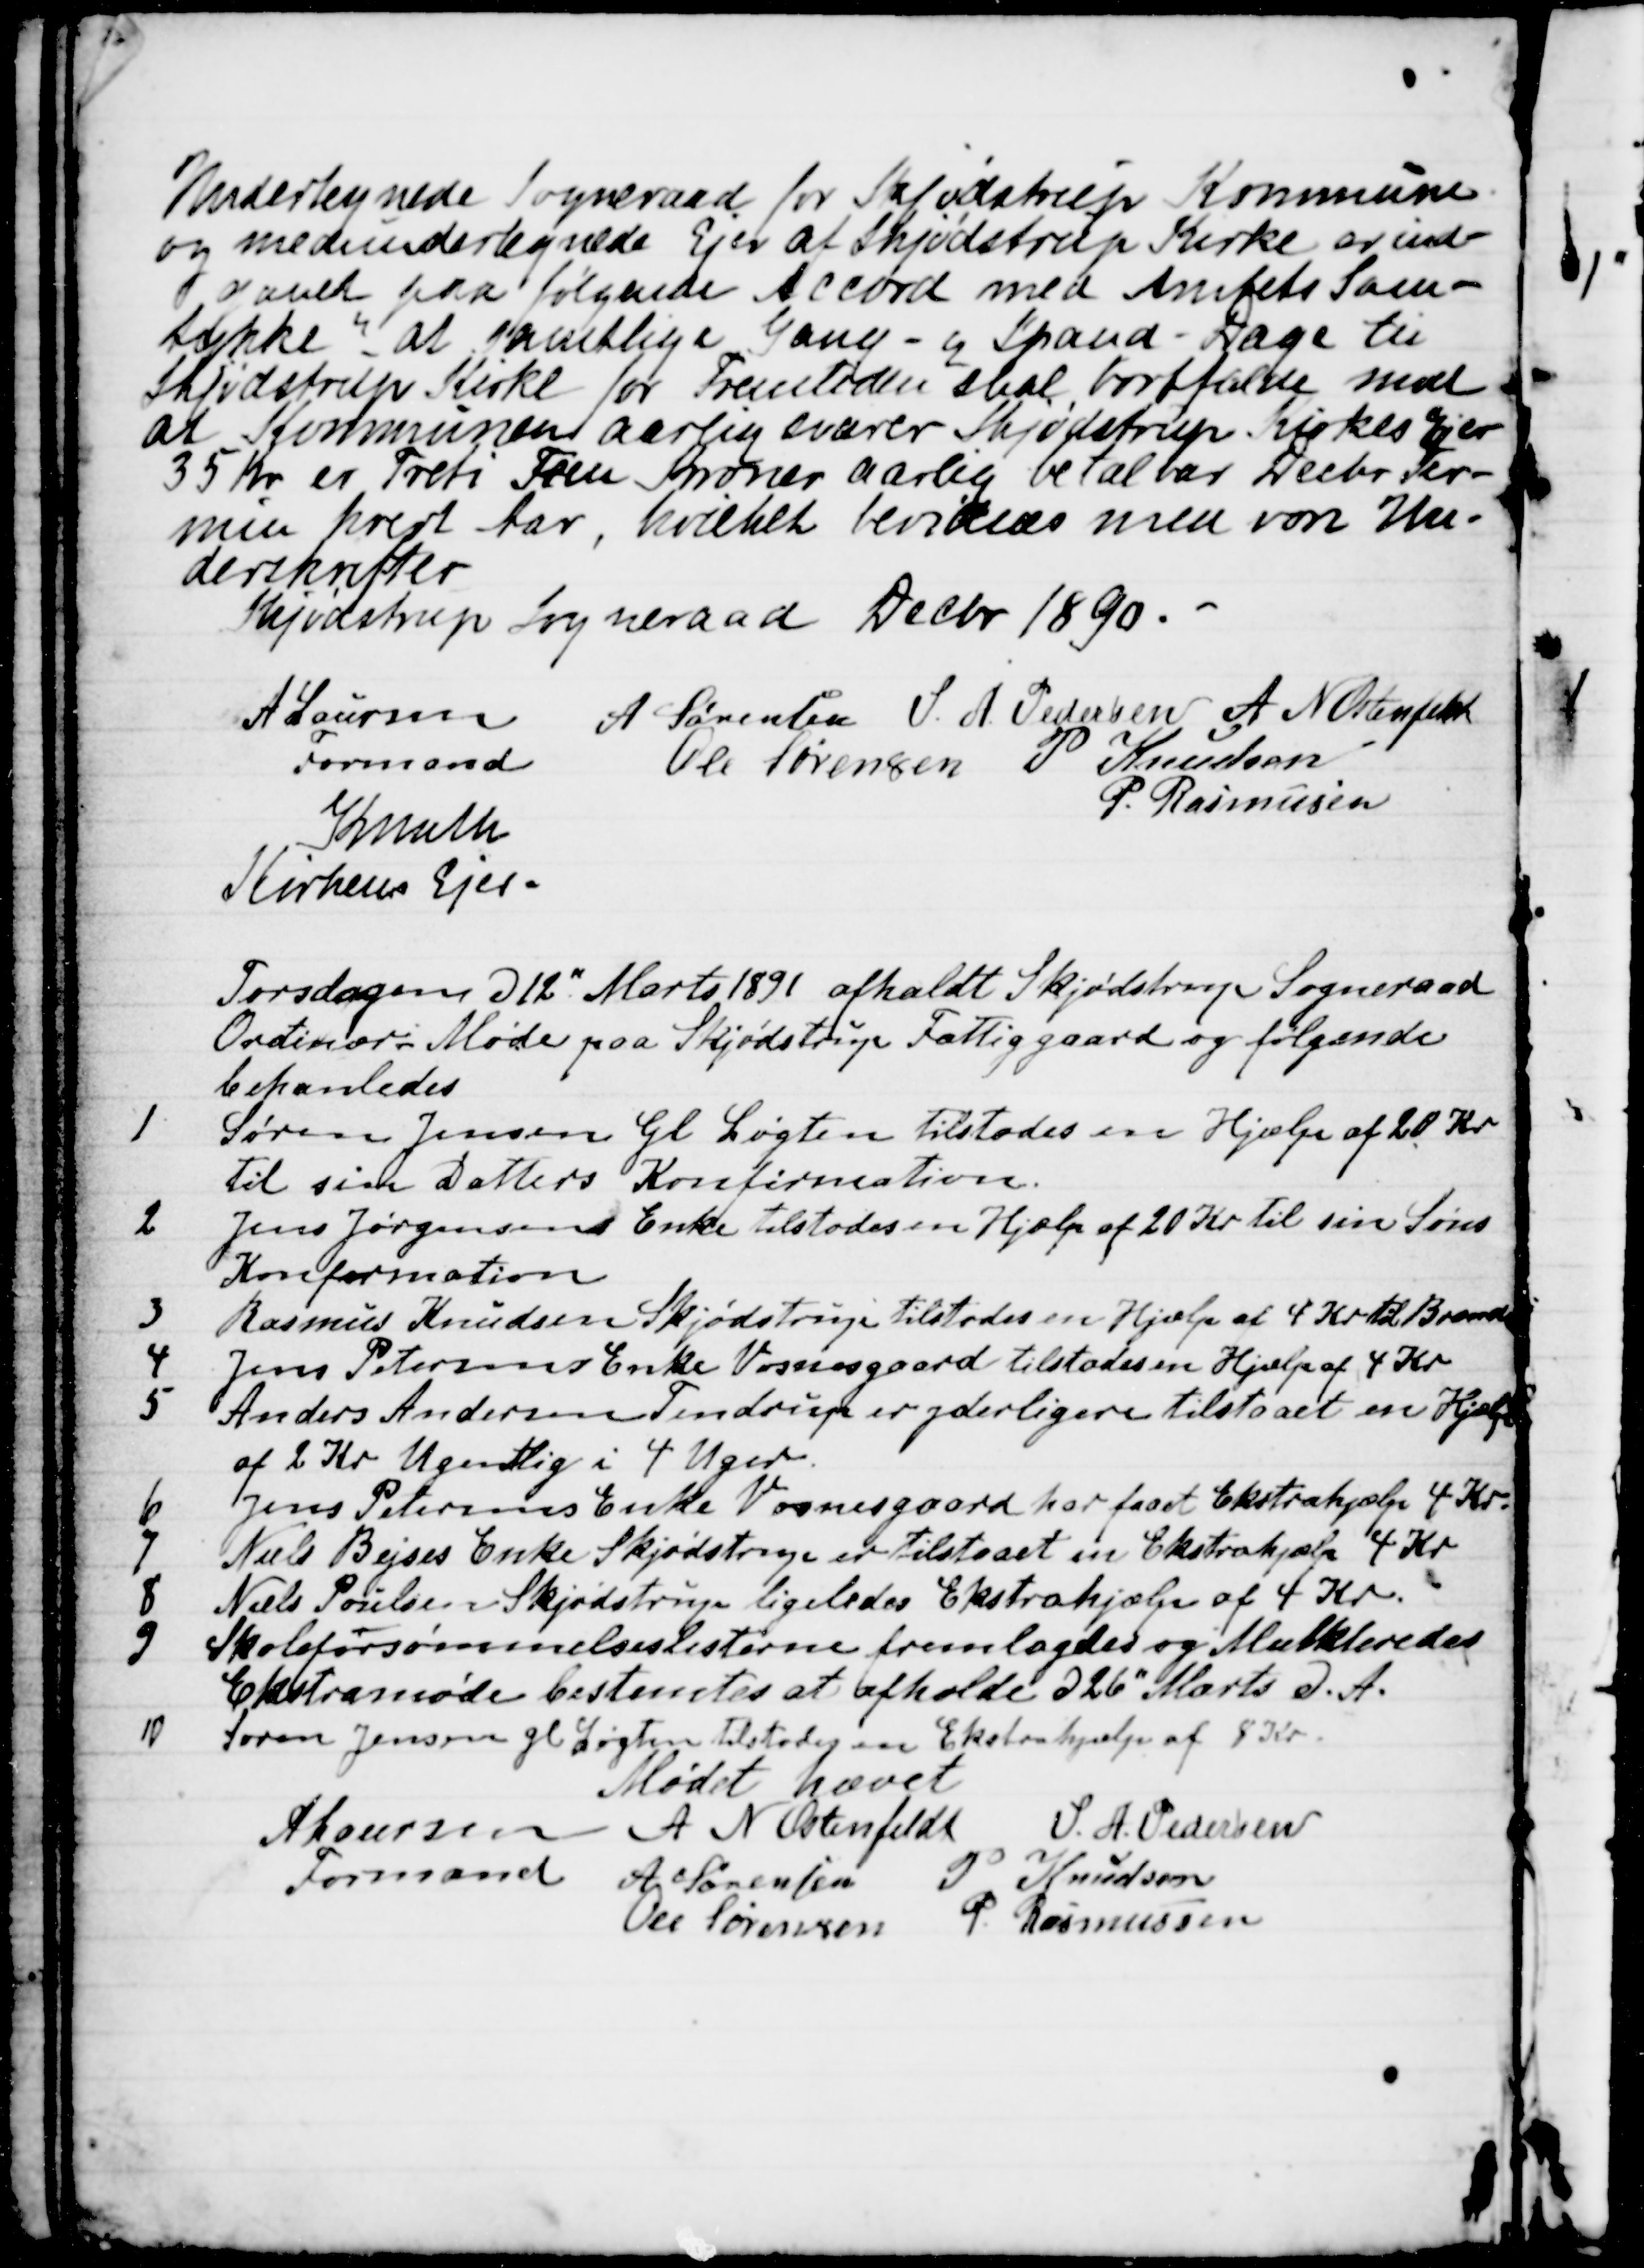
Transskription:
Undertegnede Sogneraad for Skjødstrup Kommune
og medundertegnede Ejer at Skjødstrup Kirke er ind-
gaaet paa følgende Accord med Amtets Sam-
tykke "at samtlige Gang- og Span-Dage til
Skjødstrup Kirke for Fremtiden skal bortfalde mod
at Kommunen aarlig svarer Skjødstrup Kirkes Ejer
35 Kr er Treti Fem Kroner aarlig betal var Decbr Ter-
min hvert Aar, hvilket bevidnes med vore Un-
derskrifter
Skjødstrup Sogneraad Decbr 1890.
A Laursen
Formand
A Sørensen S. A. Pedersen A N Ostenfeldt
Ole Sørensen P Knudsen
P. Rasmussen
Knuth
Kirkens Ejer-
Torsdagen d 12" Marts 1891 afholdt Skjødstrup Sogneraad
Ordinær- Møde paa Skjødstrup Fattiggaard og følgende
behanledes
1
Sørens Jensen Gl Løgten tilstodes en Hjælp af 20 Kr
til sine Datters Konfirmation.
2
Jens Jørgensens Enke tilstodes en Hjælp af 20 Kr til sin Søns
Konfirmation
3
Rasmus Knudsen Skjødstrup tilstodes en Hjælp af 4 Kr. til Brænde
4
Jens Petersens Enke Vosnesgaard tilstodes en Hjælp af 4 Kr
5
Anders Andersen Tendrup er yderligere tilstaaet en Hjælp
af 2 Kr Ugentlig i 4 Uger.
6
Jens Petersens Enke Vosnesgaard har faaet Ekstrahjælp 4 Kr.
Niels Bejses Enke Skjødstrup er tilstaaet en Ekstrahjælp 4 Kr
8
Niels Poulsen Skjødstrup ligeledes Ekstrahjælp af 4 Kr.
9
Skoleforsømmelseslisterne fremlagdes og Mulkteredes
Ekstramøde bestemtes at afholde d 26" Marts d. A.
10
Søren Jensen Gl Løgten tilstodes en Ekstrahjælp af 8 Kr
Mødet hævet
A Laursen 
Formand 
A N Ostenfeldt
S. A. Pedersen
A. Sørensen
P Knudsen
Ole Sørensen P. Rasmussen